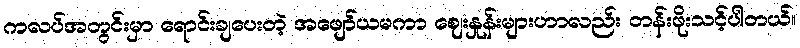
ကလပ်အတွင်းမှာ ရောင်းချပေးတဲ့ အဖျော်ယမကာ ဈေးနှုန်းများဟာလည်း တန်းဖိုးသင့်ပါတယ်။